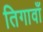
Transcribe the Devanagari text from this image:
तिगावाँ